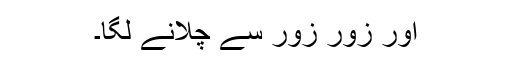
اور زور زور سے چلّانے لگا۔